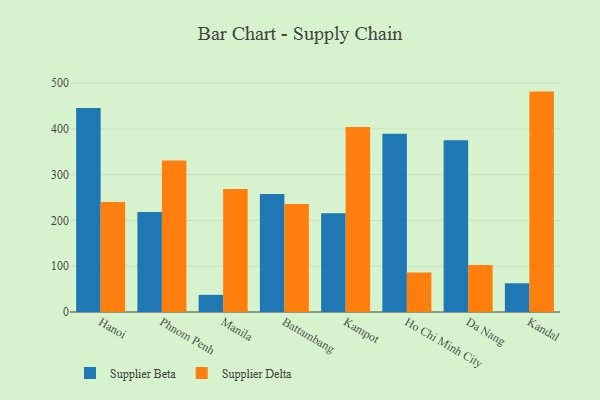
{"axis": {"x": "City", "y": "Tickets Resolved"}, "legend": ["Supplier Beta", "Supplier Delta"], "data": [{"x": "Hanoi", "y": 445.5, "type": "Supplier Beta"}, {"x": "Hanoi", "y": 240.0, "type": "Supplier Delta"}, {"x": "Phnom Penh", "y": 218.5, "type": "Supplier Beta"}, {"x": "Phnom Penh", "y": 330.8, "type": "Supplier Delta"}, {"x": "Manila", "y": 37.4, "type": "Supplier Beta"}, {"x": "Manila", "y": 268.6, "type": "Supplier Delta"}, {"x": "Battambang", "y": 257.5, "type": "Supplier Beta"}, {"x": "Battambang", "y": 235.8, "type": "Supplier Delta"}, {"x": "Kampot", "y": 215.9, "type": "Supplier Beta"}, {"x": "Kampot", "y": 404.0, "type": "Supplier Delta"}, {"x": "Ho Chi Minh City", "y": 389.0, "type": "Supplier Beta"}, {"x": "Ho Chi Minh City", "y": 86.3, "type": "Supplier Delta"}, {"x": "Da Nang", "y": 375.1, "type": "Supplier Beta"}, {"x": "Da Nang", "y": 102.7, "type": "Supplier Delta"}, {"x": "Kandal", "y": 62.7, "type": "Supplier Beta"}, {"x": "Kandal", "y": 481.3, "type": "Supplier Delta"}]}